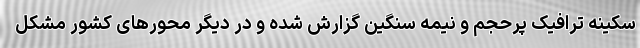
سکینه ترافیک پرحجم و نیمه سنگین گزارش شده و در دیگر محورهای کشور مشکل